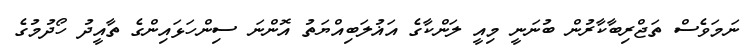
ނަމަވެސް ތަޖްރިބާކާރުން ބުނަނީ މިއީ ލަންކާގެ އަޣުލަބިއްޔަތު އޮންނަ ސިންހަޅައިންގެ ތާއީދު ހޯދުމުގެ